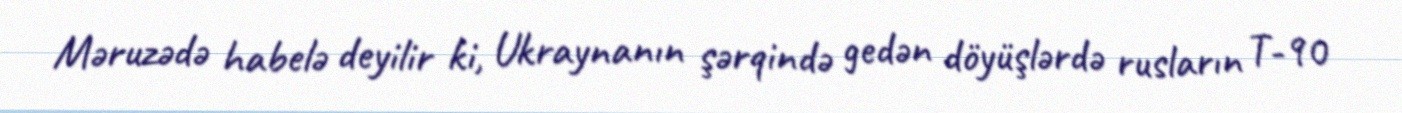
Məruzədə habelə deyilir ki, Ukraynanın şərqində gedən döyüşlərdə rusların T-90